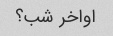
اواخر شب؟